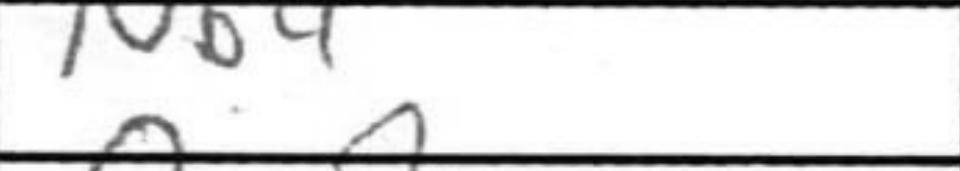
Transcription: Nb4